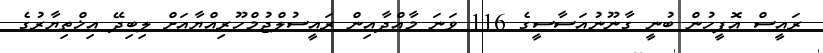
ރައީސް އޮފީހުން ބުނީ ގާނޫނުއަސާސީގެ 116 ވަނަ މާއްދާއިން ރައީސުލްޖުމްހޫރިއްޔާއަށް ލިބިދޭ އިޚްތިޔާރުގެ